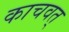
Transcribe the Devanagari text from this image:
काचवत्